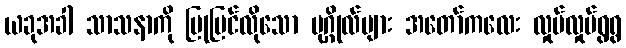
ယခုအခါ သာသနာကို ပြုပြင်လိုသော ပုဂ္ဂိုလ်များ အတော်ကလေး လှုပ်လှုပ်ရွရွ